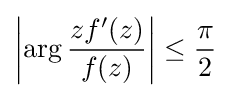
\left|\arg {zf^{\prime }(z) \over f(z)}\right|\leq {\pi  \over 2}